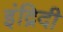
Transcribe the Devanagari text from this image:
इंद्रिदी